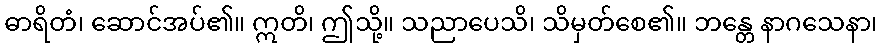
ဓာရိတံ၊ ဆောင်အပ်၏။ ဣတိ၊ ဤသို့။ သညာပေသိ၊ သိမှတ်စေ၏။ ဘန္တေ နာဂသေနာ၊